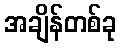
အချိန်တစ်ခု